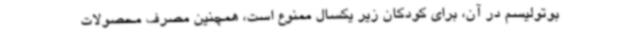
بوتولیسم در آن، برای کودکان زیر یکسال ممنوع است، همچنین مصرف محصولات